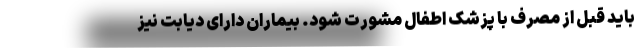
باید قبل از مصرف با پزشک اطفال مشورت شود. بیماران دارای دیابت نیز